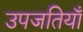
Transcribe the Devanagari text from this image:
उपजतियाँ